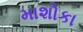
માશોકા